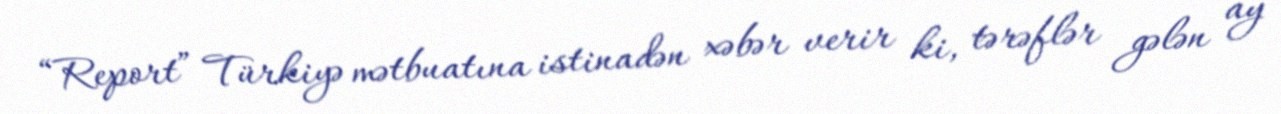
“Report” Türkiyə mətbuatına istinadən xəbər verir ki, tərəflər gələn ay